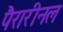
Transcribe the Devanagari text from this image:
पैरारीनल